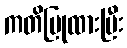
ကတိပြုထားပြီး